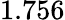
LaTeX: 1.756